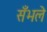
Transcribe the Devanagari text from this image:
सँभले